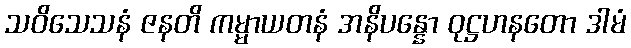
သဝိသေသနံ ဇနတိ ကမ္မာယတနံ အနိပန္နော ဝုဋ္ဌဟနတော ဒါမံ